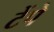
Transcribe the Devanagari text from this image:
टेंपे